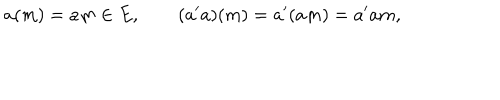
LaTeX: a ( m ) = a m \in E , \qquad ( a ^ { \prime } a ) ( m ) = a ^ { \prime } ( a m ) = a ^ { \prime } a m ,